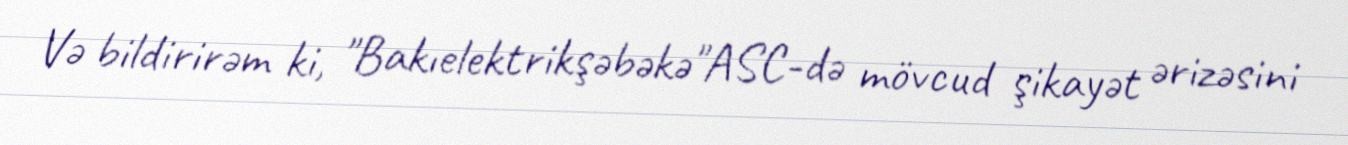
Və bildirirəm ki, "Bakıelektrikşəbəkə"ASC-də mövcud şikayət ərizəsini